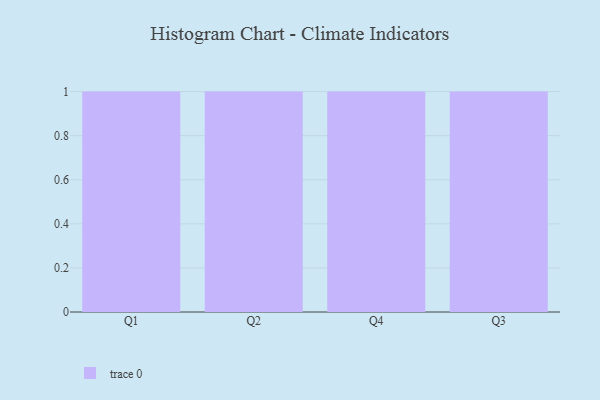
{"axis": {"x": "Quarter", "y": "Net Income (USD K)"}, "legend": [""], "data": [{"x": "Q1", "y": 59, "type": ""}, {"x": "Q2", "y": 25, "type": ""}, {"x": "Q4", "y": 7, "type": ""}, {"x": "Q3", "y": 36, "type": ""}]}